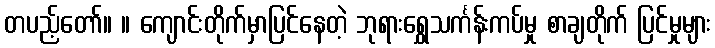
တပည့်တော်။ ။ ကျောင်းတိုက်မှာပြင်နေတဲ့ ဘုရားရွှေသင်္ကန်းကပ်မှု စာချတိုက် ပြင်မှုများ